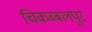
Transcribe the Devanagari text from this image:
चिकब्बलपुर